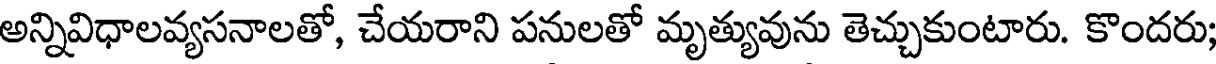
అన్నివిధాలవ్యసనాలతో, చేయరాని పనులతో మృత్యువును తెచ్చుకుంటారు. కొందరు;